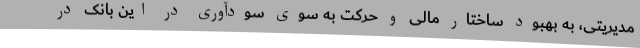
مدیریتی، به بهبود ساختار مالی و حرکت به سوی سودآوری در این بانک در